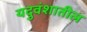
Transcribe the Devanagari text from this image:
यदुवंशातील